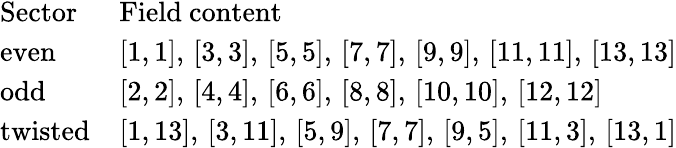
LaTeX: \begin{array}{ll}{{\mathrm{Sector}\ \ }}&{{\mathrm{Field~content}}}\\ {{\mathrm{even}}}&{{[1,1],\, [3,3],\, [5,5],\, [7,7],\, [9,9],\, [11,11],\, [13,13]}}\\ {{\mathrm{odd}}}&{{[2,2],\, [4,4],\, [6,6],\, [8,8],\, [10,10],\, [12,12]}}\\ {{\mathrm{twisted}}}&{{[1,13],\, [3,11],\, [5,9],\, [7,7],\, [9,5],\, [11,3],\, [13,1]}}\end{array}